Leaving Certificate Examination (including Day School Certificate (Higher) General paper), 1932
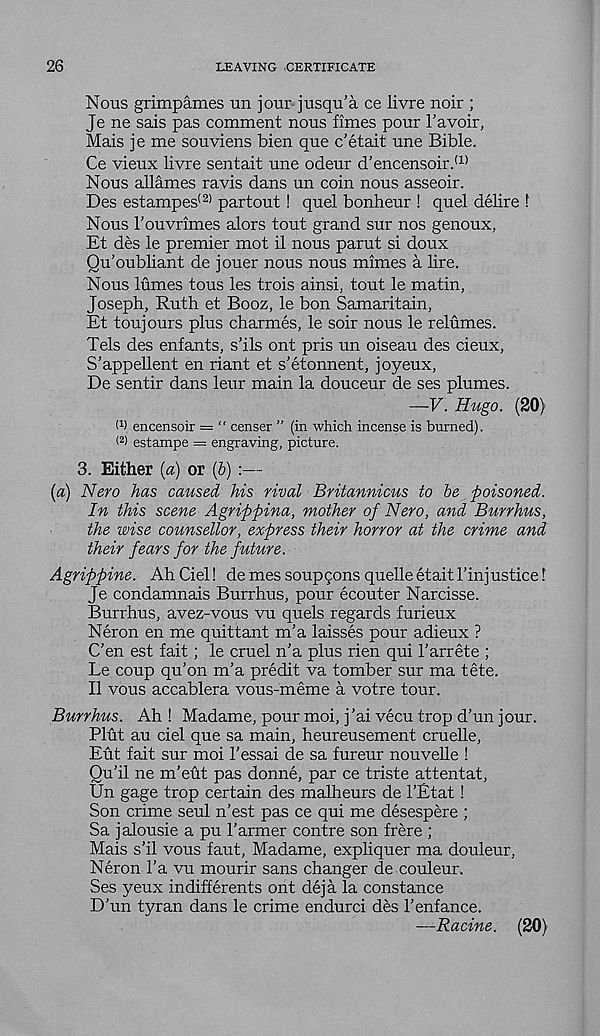
26
LEAVING CERTIFICATE
Nous grimpames un jour jusqu’a ce livre noir ;
Je ne sais pas comment nous times pour 1’avoir,
Mais je me souviens bien que c’etait une Bible.
Ce vieux livre sentait une odeur d’encensoir. (1)
Nous allames ravis dans un coin nous asseoir.
Des estampes (2) partout ! quel bonheur ! quel delire I
Nous Touvrimes alors tout grand sur nos genoux,
Et des le premier mot il nous parut si doux
Qu’oubliant de jouer nous nous mimes a lire.
Nous lumes tous les trois ainsi, tout le matin,
Joseph, Ruth et Booz, le bon Samaritain,
Et toujours plus charmes, le soir nous le relumes.
Tels des enfants, s’ils ont pris un oiseau des cieux,
S’appellent en riant et s’etonnent, joyeux,
De sentir dans leur main la douceur de ses plumes.
—V. Hugo. (20)
W encensoir = “ censer ” (in which incense is burned).
< 2 ) estampe = engraving, picture.
3. Either {a) or (b) :—
[a) Nero has caused his rival Britannicus to be poisoned.
In this scene Agrippina, mother of Nero, and Burrhus,
the wise counsellor, express their horror at the crime and
their fears for the future.
Agrippine.
Ah Ciel! de mes soup cons quelle etait I’inj ustice!
Je condamnais Burrhus, pour ecouter Narcisse.
Burrhus, avez-vous vu quels regards furieux
Neron en me quittant m’a laisses pour adieux ?
C’en est fait; le cruel n’a plus rien qui 1’arrete ;
Le coup qu’on m’a predit va tomber sur ma tete.
II vous accablera vous-meme a votre tour.
Burrhus.
Ah ! Madame, pour moi, j’ai vecu trop d’un jour.
Plut au ciel que sa main, heureusement cruelle,
Eut fait sur moi 1’essai de sa fureur nouvelle !
Qu’il ne m’eut pas donne, par ce triste attentat,
Un gage trop certain des malheurs de 1’Etat !
Son crime seul n’est pas ce qui me desespere ;
Sa jalousie a pu 1’armer centre son frere ;
Mais s’il vous faut, Madame, expliquer ma douleur,
Neron l’a vu mourir sans changer de couleur.
Ses yeux indifferents ont deja la Constance
D’un tyran dans le crime endurci des 1’enfance.
—Racine. (20)